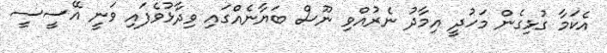
އެކަމާ ގުޅިގެން މަހުދީ އިމާދު ނެރުއްވި ނޫސް ބަޔާނެއްގައި ވިދާޅުވެފައި ވަނީ އޭސީސީ